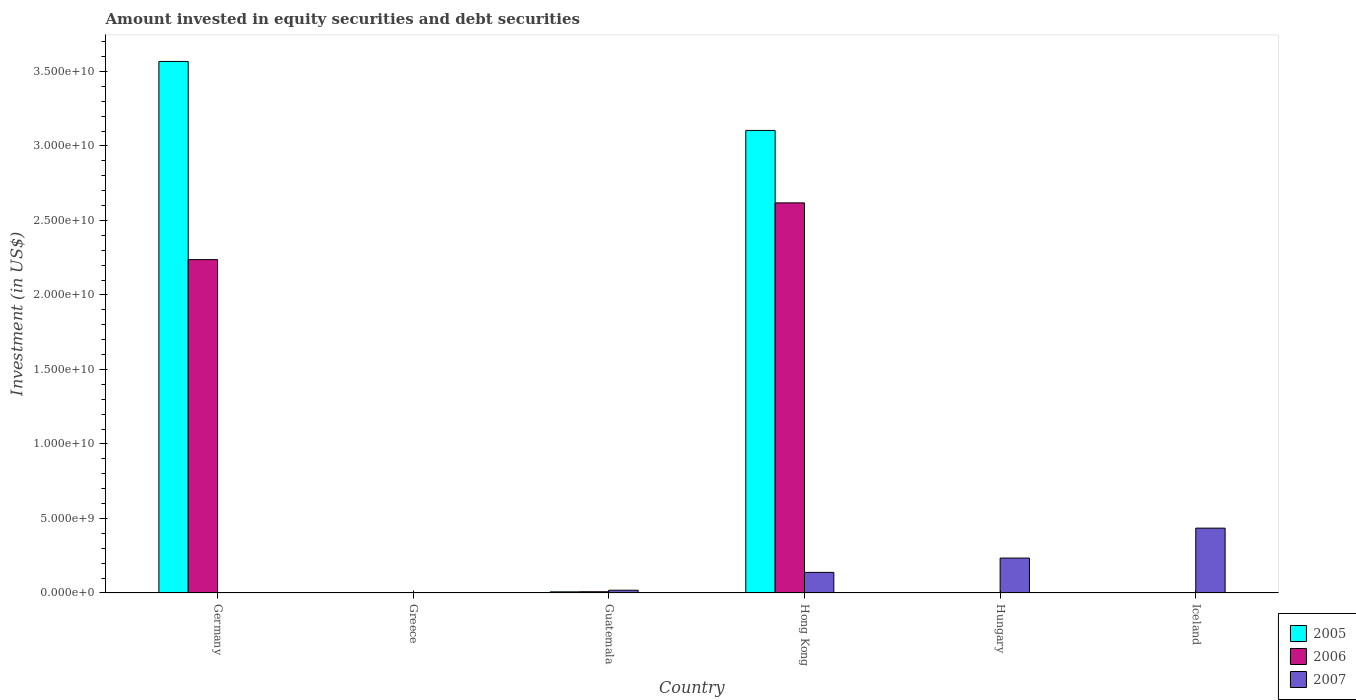
| Country | 2005 | 2006 | 2007 |
 | --- | --- | --- | --- |
 | Germany | 3.57e+10 | 2.24e+10 | -2.15e+11 |
 | Greece | -9.11e+09 | -9.36e+09 | -2.39e+10 |
 | Guatemala | 7.68e+07 | 8.34e+07 | 1.85e+08 |
 | Hong Kong | 3.1e+10 | 2.62e+10 | 1.38e+09 |
 | Hungary | -4.5e+09 | -6.32e+09 | 2.34e+09 |
 | Iceland | -1.54e+10 | -1.24e+10 | 4.35e+09 |